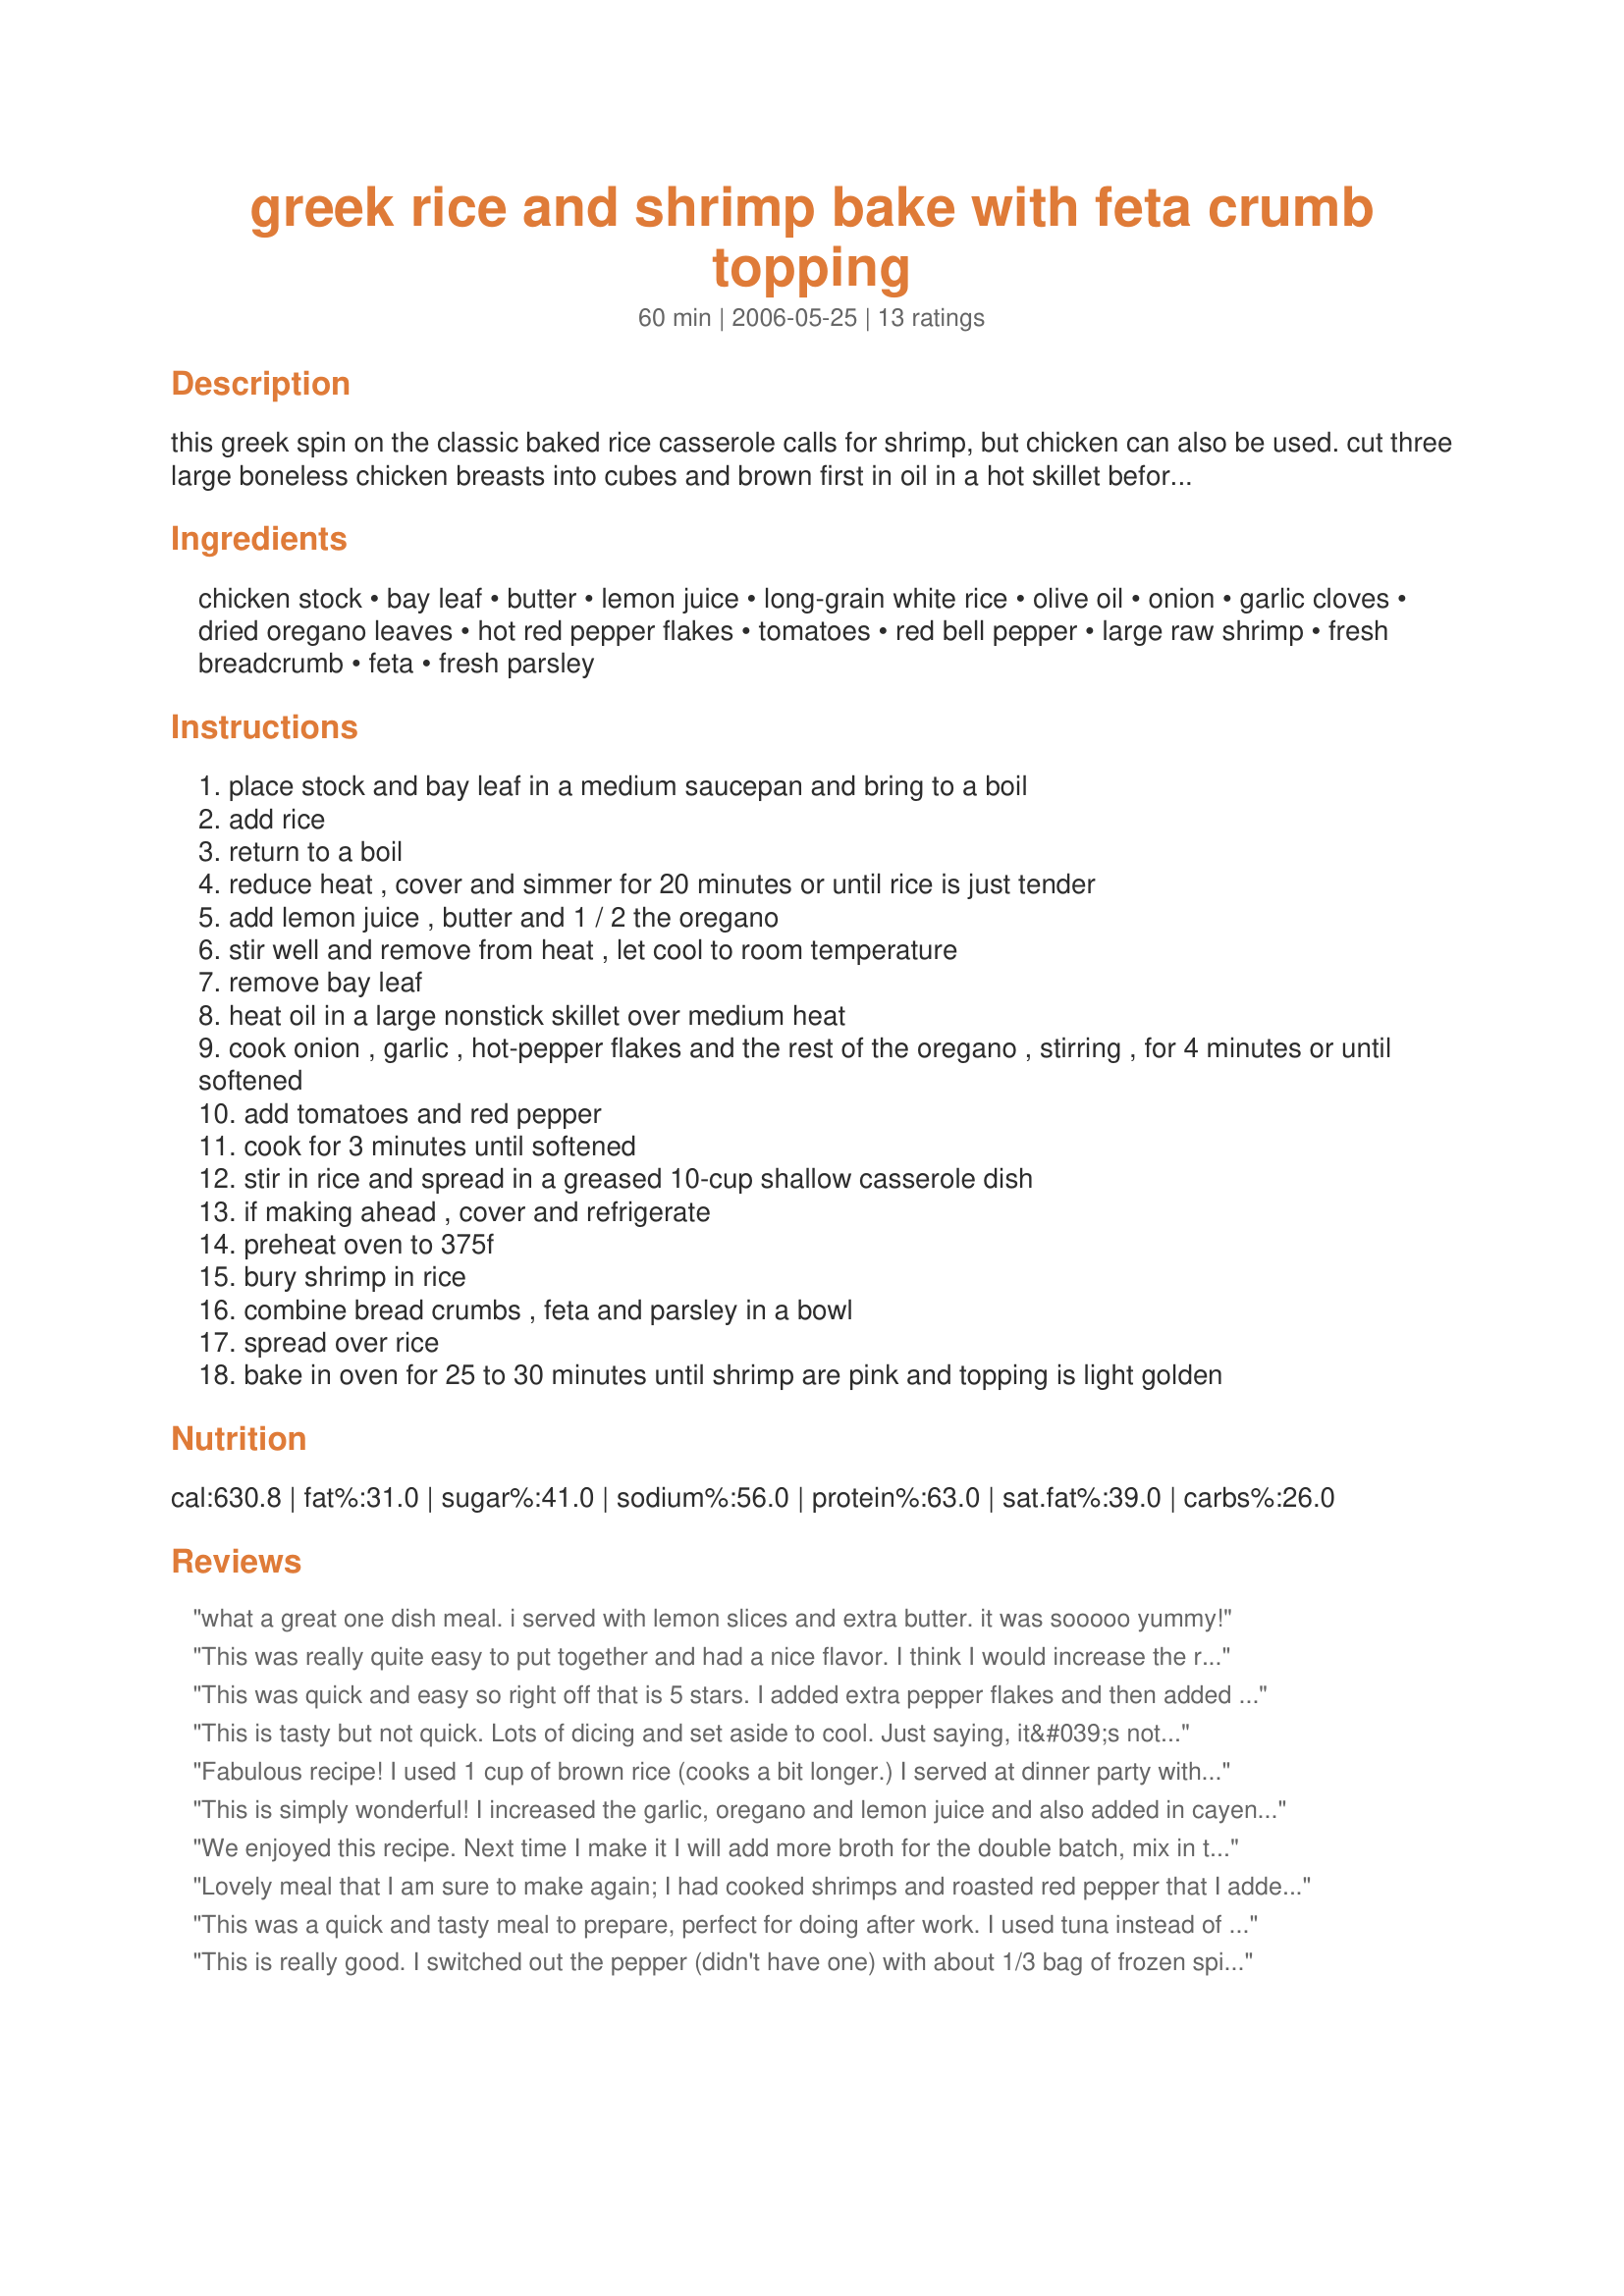
greek rice and shrimp bake with feta crumb topping
Preparation time: 60 minutes

this greek spin on the classic baked rice casserole calls for shrimp, but chicken can also be used. cut three large boneless chicken breasts into cubes and brown first in oil in a hot skillet before adding to cooked rice. if you plan on doubling the recipe, use 2 1/2 cups (625 ml) rice and only 4 1/2 cups (1.125 l) stock.
from food and drink.

Ingredients:
chicken stock, bay leaf, butter, lemon juice, long-grain white rice, olive oil, onion, garlic cloves, dried oregano leaves, hot red pepper flakes, tomatoes, red bell pepper, large raw shrimp, fresh breadcrumb, feta, fresh parsley

Steps:
place stock and bay leaf in a medium saucepan and bring to a boil
add rice
return to a boil
reduce heat , cover and simmer for 20 minutes or until rice is just tender
add lemon juice , butter and 1 / 2 the oregano
stir well and remove from heat , let cool to room temperature
remove bay leaf
heat oil in a large nonstick skillet over medium heat
cook onion , garlic , hot-pepper flakes and the rest of the oregano , stirring , for 4 minutes or until softened
add tomatoes and red pepper
cook for 3 minutes until softened
stir in rice and spread in a greased 10-cup shallow casserole dish
if making ahead , cover and refrigerate
preheat oven to 375f
bury shrimp in rice
combine bread crumbs , feta and parsley in a bowl
spread over rice
bake in oven for 25 to 30 minutes until shrimp are pink and topping is light golden

Reviews:
what a great one dish meal. i served with lemon slices and extra butter. it was sooooo yummy!
This was really quite easy to put together and had a nice flavor. I think I would increase the red pepper for my own preference. Thanks for another wonderful dinner Leslie!!
This was quick and easy so right off that is 5 stars. I added extra pepper flakes and then added hot sauce once it was plated. We actually ate this with Norwegian Flat bread that is sort of sweet... it was a pretty good combination! Fresh Basil would be a good herb to add as well. Great Recipe! Thanks Leslie.
This is tasty but not quick. Lots of dicing and set aside to cool. Just saying, it&#039;s not rocket science but it does take a bit of time. I added more garlic and used Greek seasoning instead of just oregano.
Fabulous recipe! I used 1 cup of brown rice (cooks a bit longer.) I served at dinner party with green salad and toasted slices of baguette. It was a big hit! The rice combination is really great even without the shrimp.
This is simply wonderful! I increased the garlic, oregano and lemon juice and also added in cayenne pepper, I made this for my DS who loved it! thanks for sharing Les!...Kitten:)
We enjoyed this recipe. Next time I make it I will add more broth for the double batch, mix in the feta cheese, and omit the bread crumbs. Thank you for sharing. Will make again.
Lovely meal that I am sure to make again; I had cooked shrimps and roasted red pepper that I added to it. Made this for ZWT6.
Thank you for posting.
Rita
This was a quick and tasty meal to prepare, perfect for doing after work. I used tuna instead of shrimp and it worked out so well. The fetta is a fabulous touch.
This is really good. I switched out the pepper (didn't have one) with about 1/3 bag of frozen spinach, and also increased the spices (my taste). Superb and simple!
This shrimp dish was a hit with my husband. I added double the red pepper flakes because he likes his food spicy. The rice was really tasty and we love anything with feta cheese.
Hubby says a 4 star..Next time I make it I will put 1/2 cup more broth in.
This is a great recipe! I had some precooked shrimp and roasted red peppers to use up so I gave this a try. My husband, who usually eats like a bird, had seconds. Next time I will try it with chicken. Thanks for sharing a wonderful recipe, Leslie!
